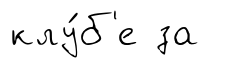
клу́б'е за